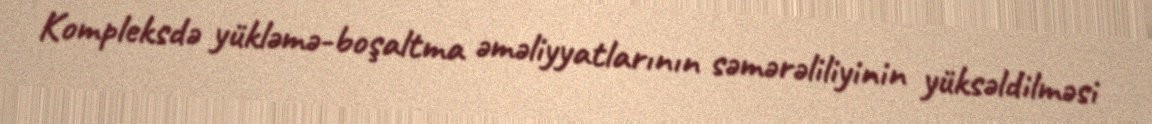
Kompleksdə yükləmə-boşaltma əməliyyatlarının səmərəliliyinin yüksəldilməsi